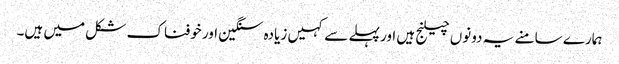
ہمارے سامنے یہ دونوں چیلنج ہیں اور پہلے سے کہیں زیادہ سنگین اور خوفناک شکل میں ہیں۔